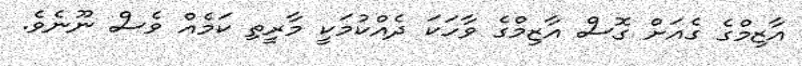
އާޒިމްގެ ގެއަށް ގޮސް އާޒިމްގެ ވާހަކަ ދެއްކުމަކީ މާރީތި ކަމެއް ވެސް ނޫނެވެ.